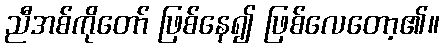
ညီအစ်ကိုတော် ဖြစ်နေ၍ ဖြစ်လေတော့၏။